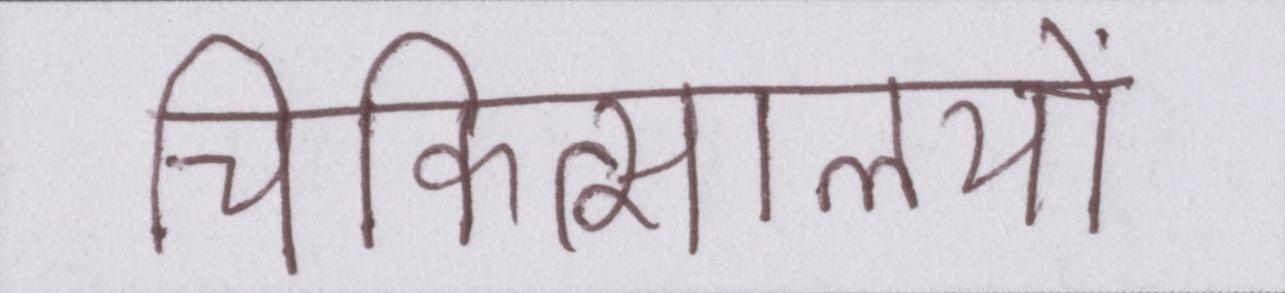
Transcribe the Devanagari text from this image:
चिकित्सालयों